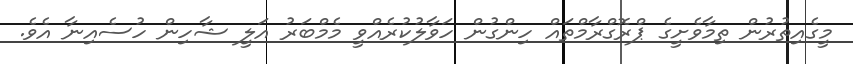
މީގެއިތުރުން ތިމާވެށީގެ ޕްރޮގްރާމްތައް ހިންގުން ހަވާލުކުރެއްވީ މެމްބަރު އަލީ ޝާހިން ހުސެއިނާ އެވެ.